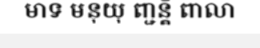
មាទ មនុយុ ញ្ជន្តិ ពាលា